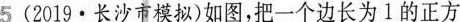
5(2019·长沙市模拟)如图，把一个边长为1的正方